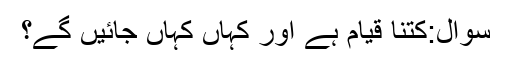
سوال:کتنا قیام ہے اور کہاں کہاں جائیں گے؟